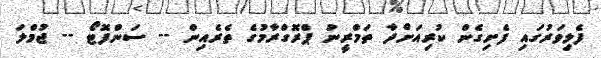
ފެލިވަރުގައި ފެށިގެން ކުރިއަށްދާ ތަމްރީނު ޕްރޮގްރާމުގެ ތެރެއިން -- ސަންފޮޓޯ -- ޖުމްލަ